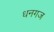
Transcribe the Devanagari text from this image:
धनगज